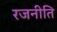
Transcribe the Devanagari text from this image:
रजनीति